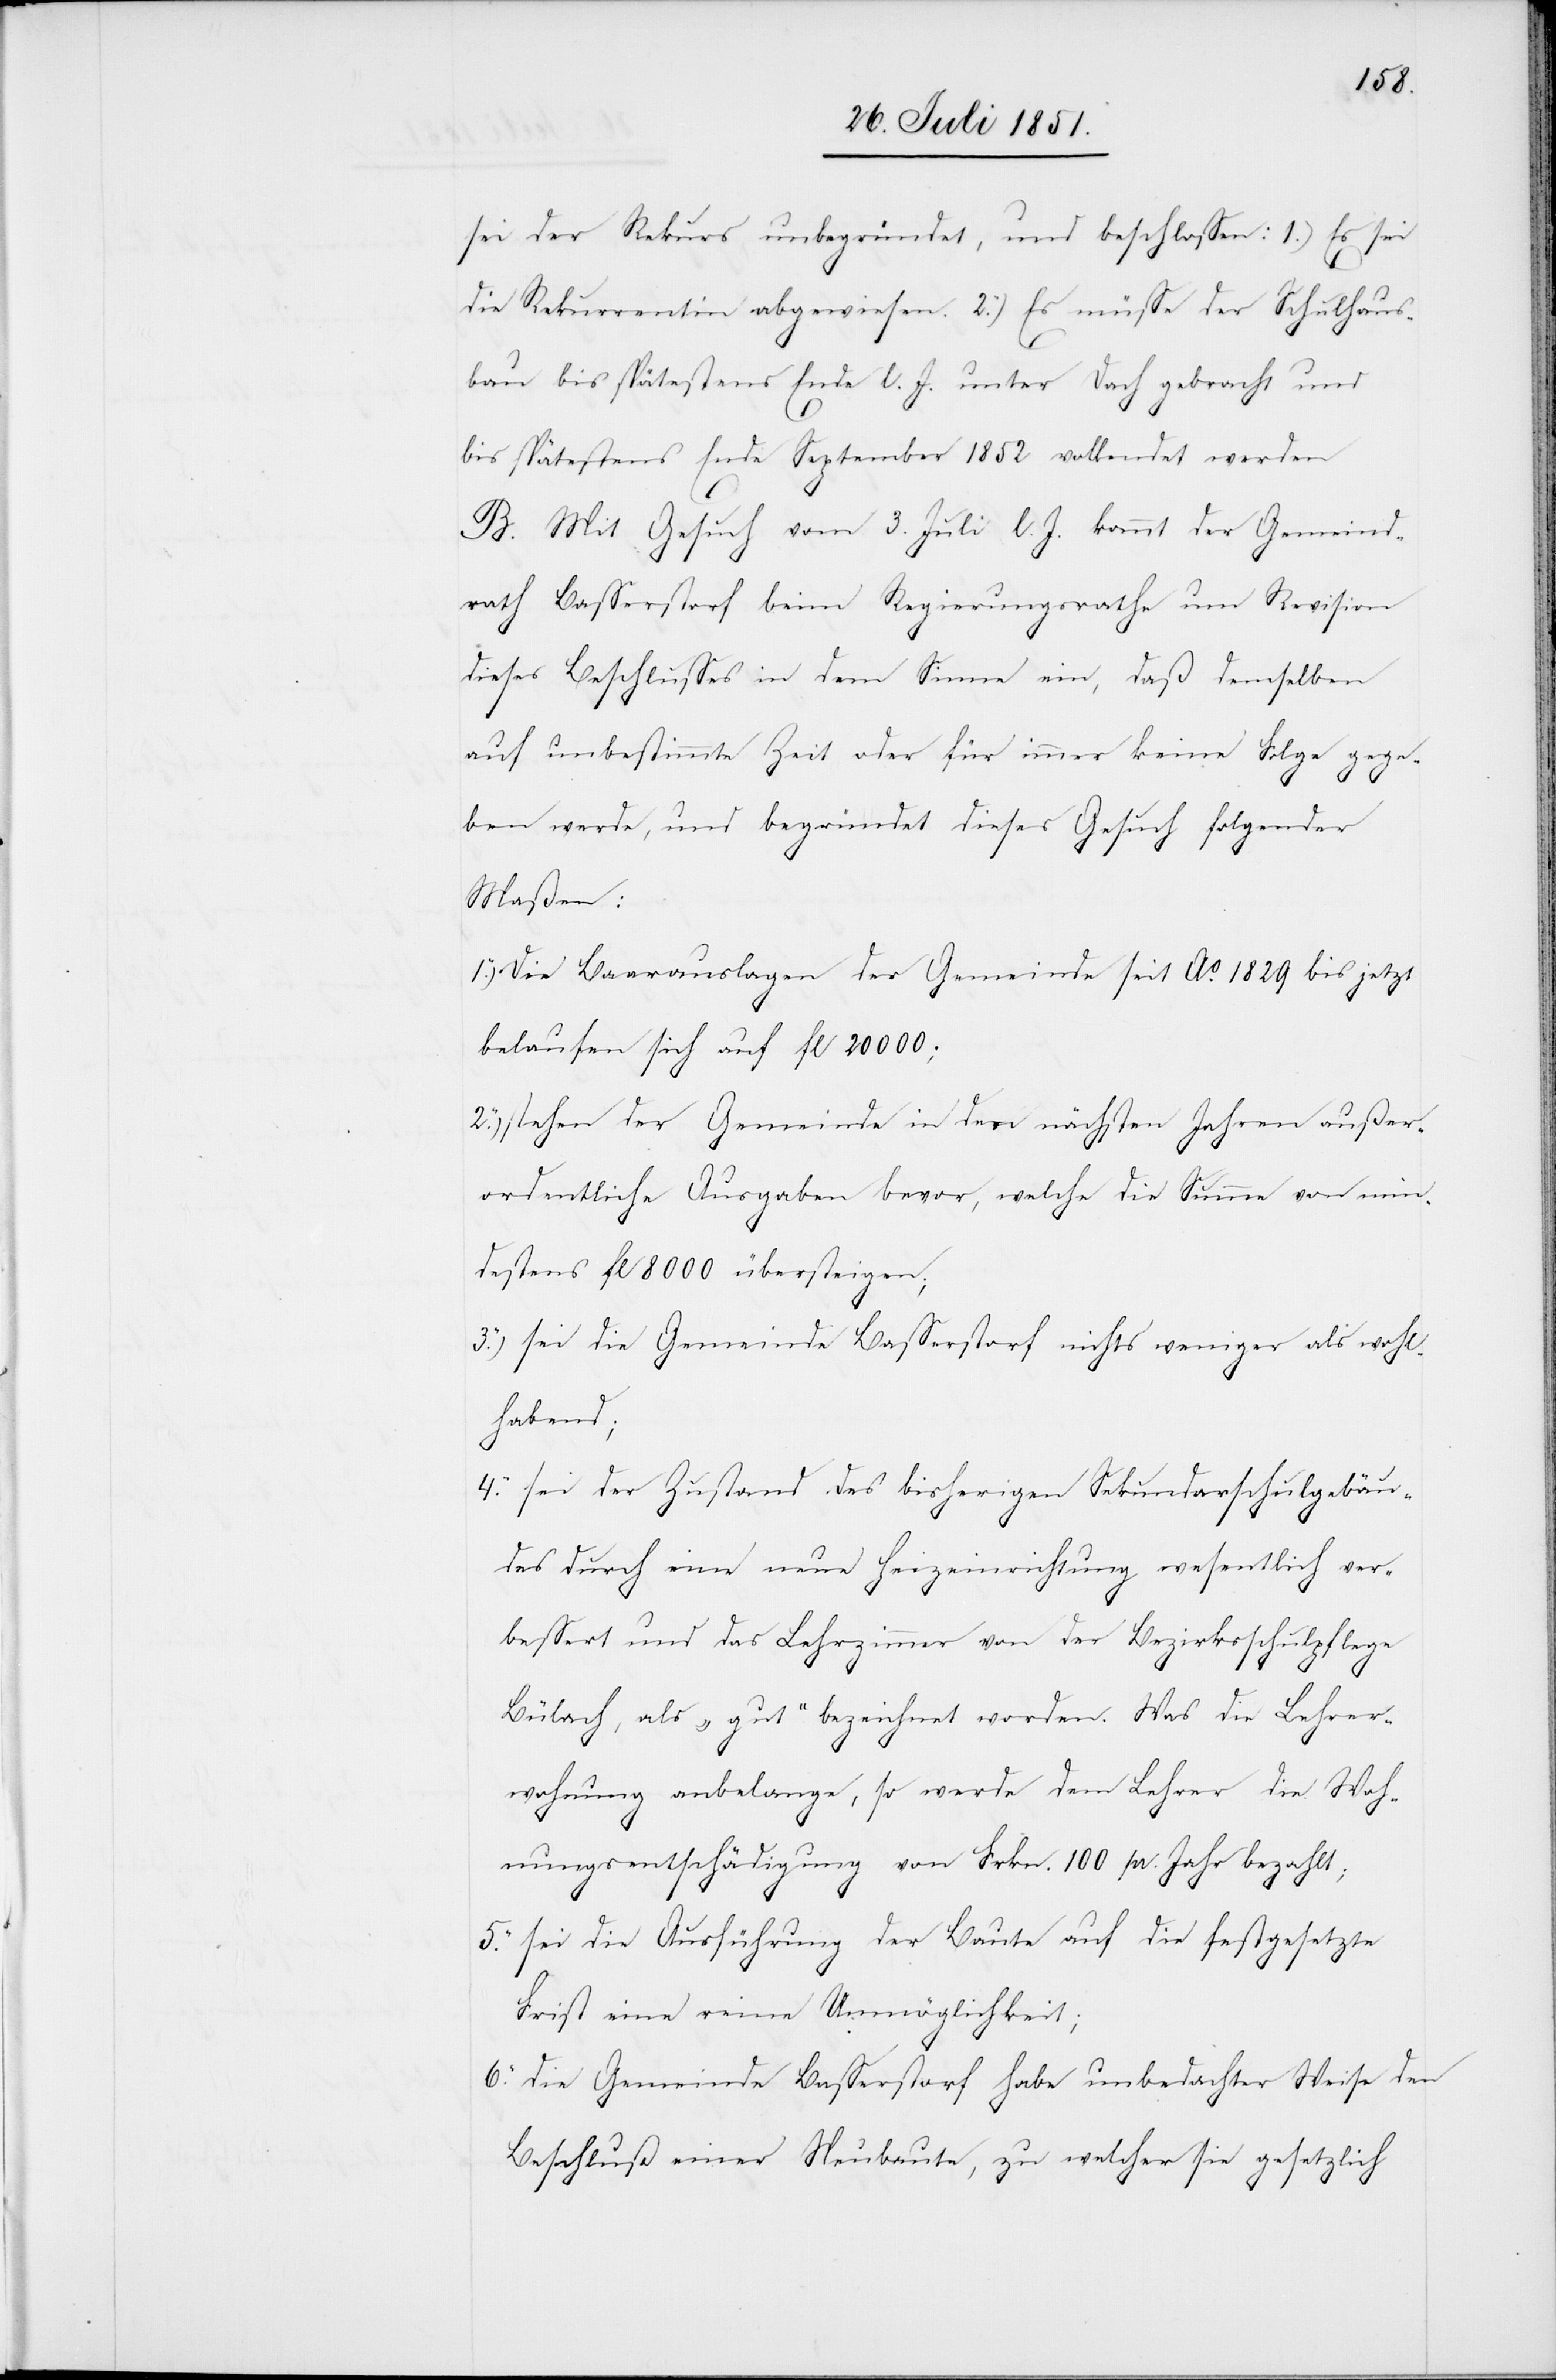
sei der Rekurs unbegründet, und beschlossen: 1.) Es sei
die Rekurrentin abgewiesen. 2.) Es müsse der Schulhaus¬
bau bis spätestens Ende l. J. unter Dach gebracht und
bis spätestens Ende September 1852 vollendet werden
B. Mit Gesuch vom 3. Juli l. J. kommt der Gemeind¬
rath Basserstorf beim Regierungsrathe um Revision
dieses Beschlusses in dem Sinne ein, daß demselben
auf unbestimmte Zeit oder für immer keine Folge gege¬
6.
ben werde, und begründet dieses Gesuch folgender
Maßen:
Die Baarauslagen der Gemeinde seit Ao. 1829 bis jetzt
belaufen sich auf fl 20 000;
stehen der Gemeinde in den nächsten Jahren außer¬
ordentliche Ausgaben bevor, welche die Summe von min¬
destens fl 8000 übersteigen;
sei die Gemeinde Basserstorf nichts weniger als wohl¬
habend;
sei der Zustand des bisherigen Sekundarschulgebäu¬
des durch eine neue Heizeinrichtung wesentlich ver¬
bessert und das Lehrzimmer von der Bezirksschulpflege
Bülach, als „gut“ bezeichnet worden. Was die Lehrer¬
4.
wohnung anbelange, so werde dem Lehrer die Woh¬
nungsentschädigung von Frkn. 100 pr. Jahr bezahlt;
sei die Ausführung der Baute auf die festgesetzte
Frist eine reine Unmöglichkeit;
die Gemeinde Basserstorf habe unbedachter Weise den
Beschluß einer Neubaute, zu welcher sie gesetzlich